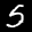
Label: 5